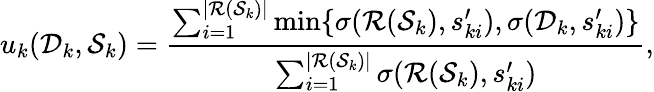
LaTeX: u_{k}(\mathcal D_{k},\mathcal S_{k})=\frac{\sum_{i=1}^{|\mathcal R(\mathcal S_{k})|}\operatorname*{min}\{ \sigma(\mathcal R(\mathcal S_{k}),s_{ki}^{\prime}),\sigma(\mathcal D_{k},s_{ki}^{\prime})\} }{\sum_{i=1}^{|\mathcal R(\mathcal S_{k})|}\sigma(\mathcal R(\mathcal S_{k}),s_{ki}^{\prime})},